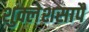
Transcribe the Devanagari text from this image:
शुक्लेशसापै